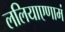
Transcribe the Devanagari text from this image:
ललियाएणामं